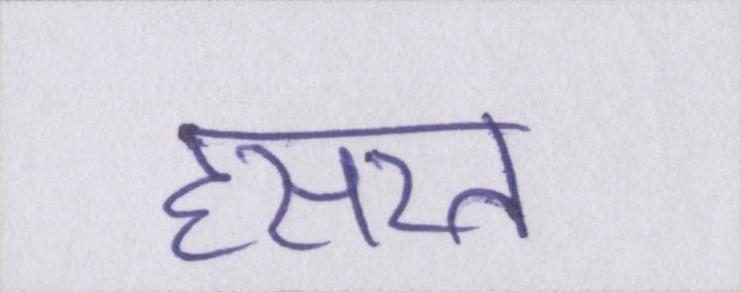
हसरत